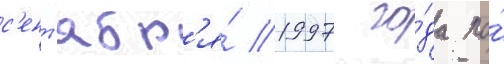
с'ент'ябр'я́ 1997 го́да по́